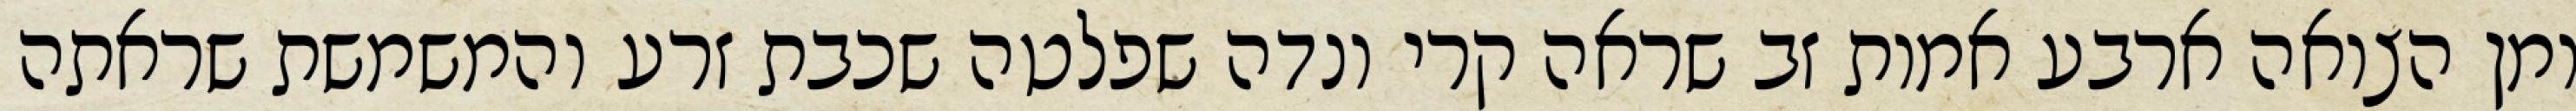
ומן הצואה ארבע אמות זב שראה קרי ונדה שפלטה שכבת זרע והמשמשת שראתה